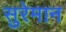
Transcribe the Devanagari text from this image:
सुरेमान